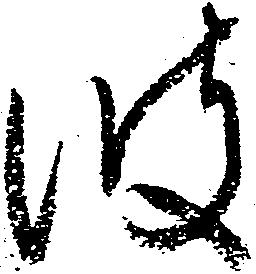
波